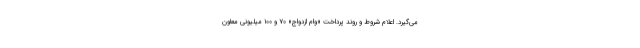
می‌گیرد. اعلام شروط و روند پرداخت «وام ازدواج» ۷۰ و ۱۰۰ میلیونی معاون